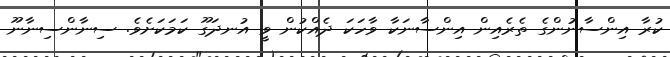
ކުރާ އިންސާނުންގެ ތެރެއިން އިންސާނަކާ ވާހަކަ ދެއްކުން ވީ އުނދަގޫ ކަމަކަށެވެ. ސިނާންސިނާނޫ